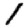
Digit: 1